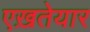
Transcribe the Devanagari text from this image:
एख़तेयार